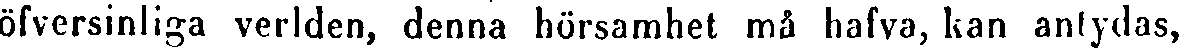
öfversinliga verlden, denna hörsamhet må hafva, kan antydas,